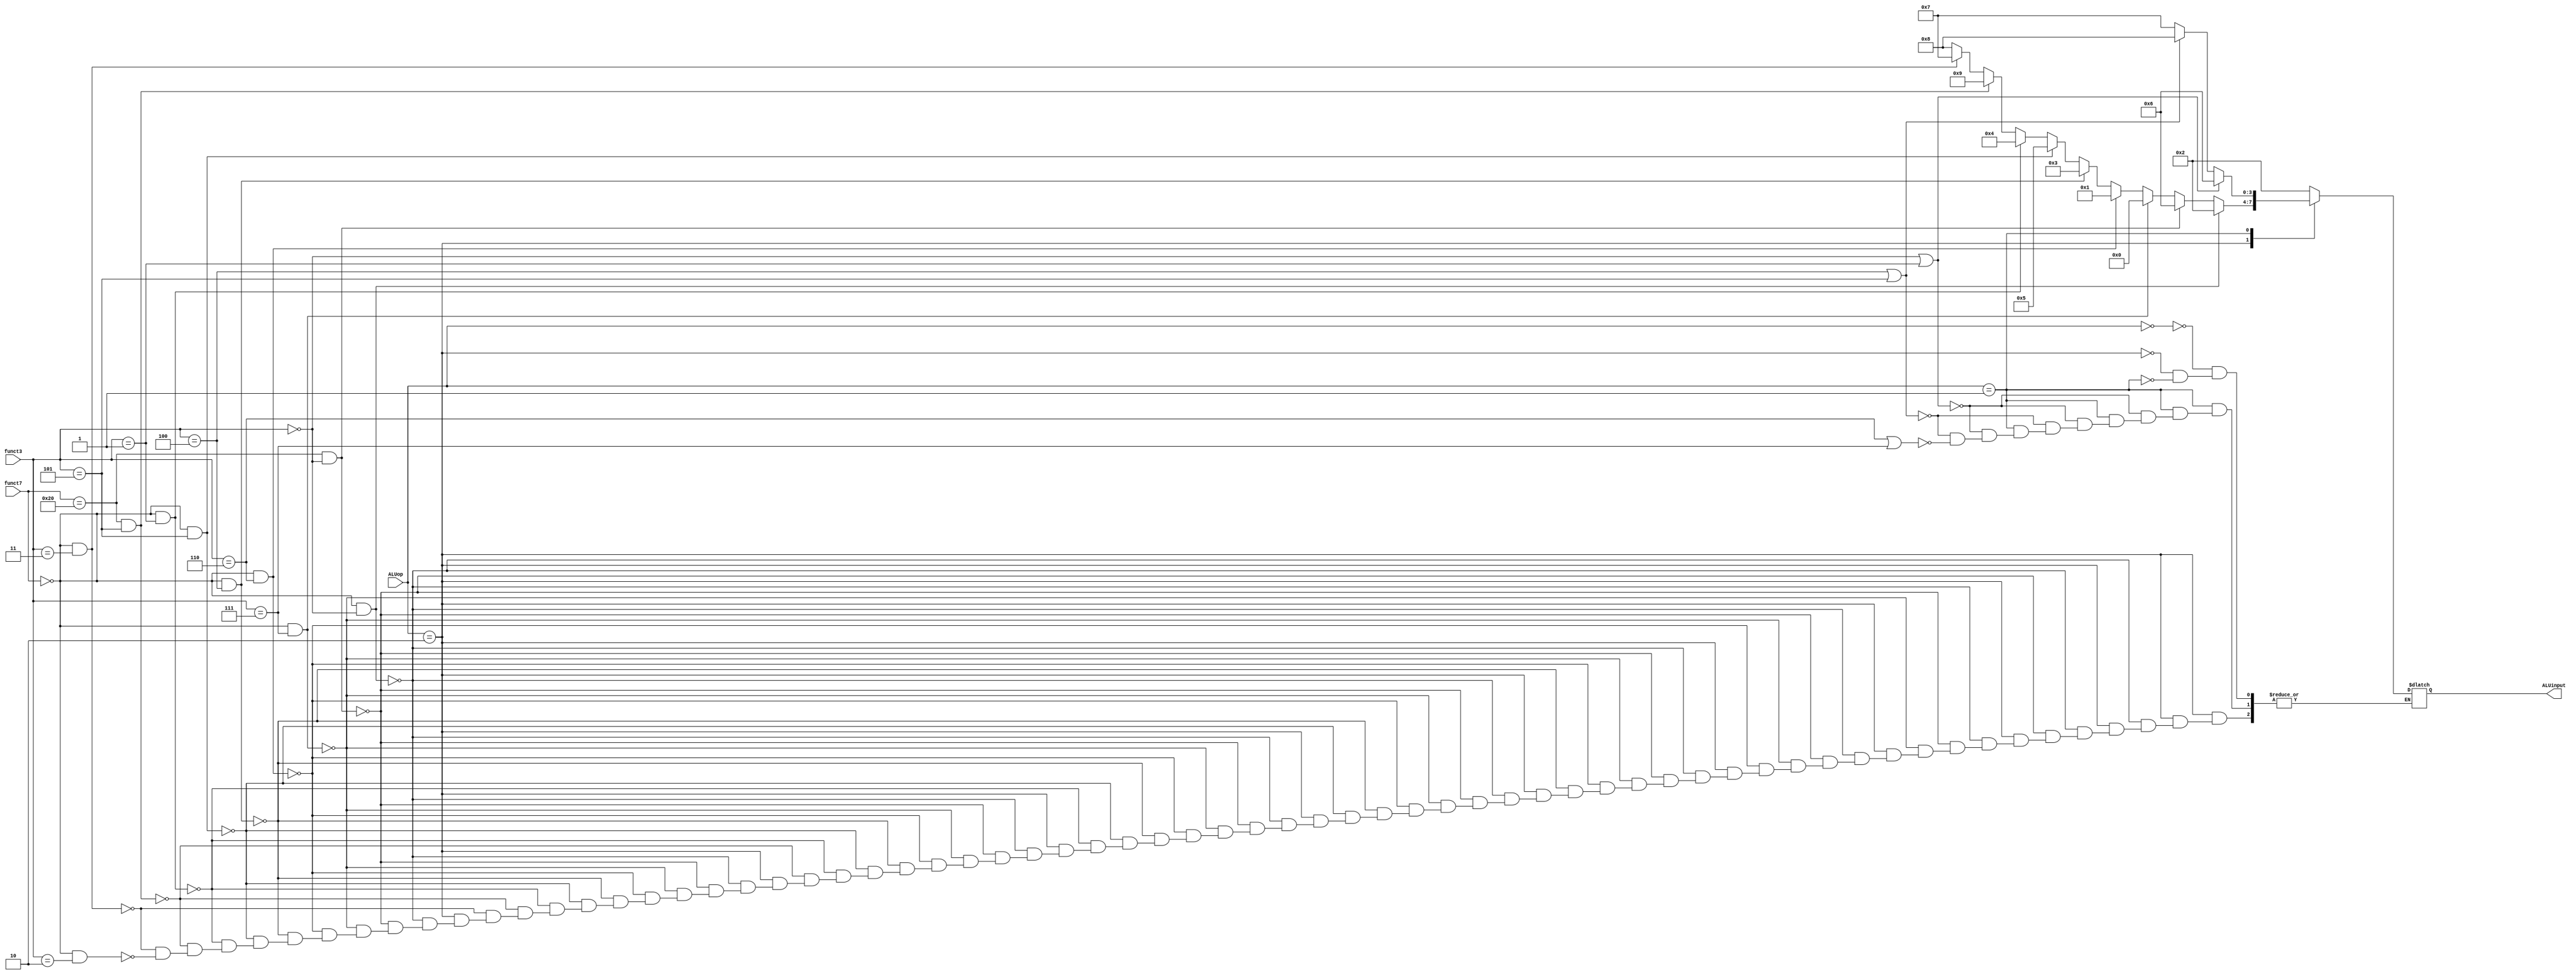
`timescale 1ns / 1ps
//////////////////////////////////////////////////////////////////////////////////
// Company: 
// Engineer: 
// 
// Design Name: 
// Module Name: ALUcontrol
// Project Name: 
// Target Devices: 
// Tool Versions: 
// Description: 
// 
// Dependencies: 
// 
// Revision:
// Revision 0.01 - File Created
// Additional Comments:
// 
//////////////////////////////////////////////////////////////////////////////////


module ALUcontrol(input [1:0] ALUop,
                  input [6:0] funct7,
                  input [2:0] funct3,
                  output reg [3:0] ALUinput);
               
    always @*   
    case(ALUop)
        // LD si SD au AluOP = 0
        2'b00: begin
            ALUinput = 4'b0010;
        end
        // instructiuni de tip R (add, sub, and, or, xor, sltu, slt, srl, sll, sra
        // + instructiuni de tip I (srli, slli, srai)
        2'b10: begin
            // add
            if(funct7 == 7'b0000000 && funct3 == 3'b000)
                ALUinput = 4'b0010;
            // sub
            else if(funct7 == 7'b0100000 && funct3 == 3'b000)
                ALUinput = 4'b0110;
            // and
            else if(funct7 == 7'b0000000 && funct3 == 3'b111)
                ALUinput = 4'b0000;
            // or
            else if(funct7 == 7'b0000000 && funct3 == 3'b110)
                ALUinput = 4'b0001;
            // xor
            else if(funct7 == 7'b0000000 && funct3 == 3'b100)
                ALUinput = 4'b0011;
            // srl + srli
            else if(funct7 == 7'b0000000 && funct3 == 3'b101)
                ALUinput = 4'b0101;
            // sll + slli
            else if(funct7 == 7'b0000000 && funct3 == 3'b001)
                ALUinput = 4'b0100;
            // sra + srai
            else if(funct7 == 7'b0100000 && funct3 == 3'b101)
                ALUinput = 4'b1001;
            // sltu
            else if(funct7 == 7'b0000000 && funct3 == 3'b011)
                ALUinput = 4'b0111;
            // slt
            else if(funct7 == 7'b0000000 && funct3 == 3'b010)
                ALUinput = 4'b1000;
        end
        // instructiuni de tip branch
        2'b01: begin
            // BEQ, BNE
            if(funct3 == 3'b000 || funct3 ==3'b001)
                ALUinput = 4'b0110;
            // BLT, BGE
            else if(funct3 == 3'b100 || funct3 ==3'b101)
                ALUinput = 4'b1000;
            // BLTU, BGEU
            else if(funct3 == 3'b110 || funct3 ==3'b111)
                ALUinput = 4'b0111;
        end
    endcase           
                  
endmodule